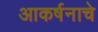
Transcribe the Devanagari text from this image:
आकर्षनाचे